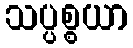
သပ္ပစ္စယာ